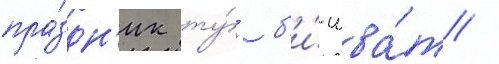
пра́здн'ик ту́ б'и́-шва́т /